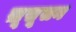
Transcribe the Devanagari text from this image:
ख़ूसूसन